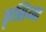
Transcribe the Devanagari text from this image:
कृसिय्न